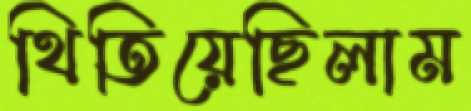
থিতিয়েছিলাম